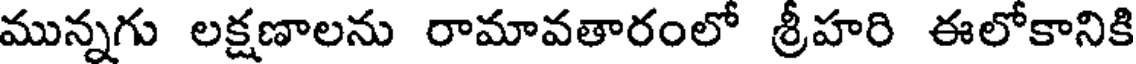
మున్నగు లక్షణాలను రామావతారంలో శ్రీహరి ఈలోకానికి